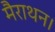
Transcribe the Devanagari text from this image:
मैराथन।